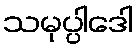
သမုပ္ပါဒေါ